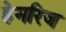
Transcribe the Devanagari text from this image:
हेमरिज